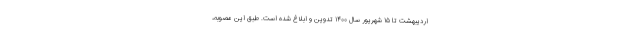
اردیبهشت تا ۱۵ شهریور سال ۱۴۰۰ تدوین و ابلاغ شده است. طبق این مصوبه،